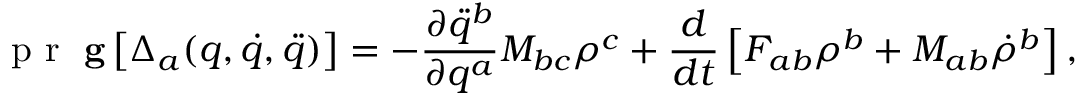
\mathrm { ~ \textbf ~ { ~ p ~ r ~ } ~ } \mathbf { g } \left[ \Delta _ { a } ( q , \dot { q } , \ddot { q } ) \right] = - \frac { \partial \ddot { q } ^ { b } } { \partial q ^ { a } } M _ { b c } \rho ^ { c } + \frac { d } { d t } \left[ F _ { a b } \rho ^ { b } + M _ { a b } \dot { \rho } ^ { b } \right] ,